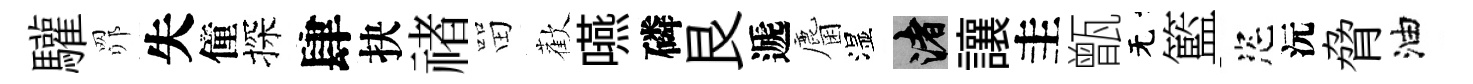
驩𦊑失僮探肆抉禇㽞歡嚥磷艮遞麕湿渚讓圭甑无籃恣沅脅油